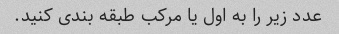
عدد زیر را به اول یا مرکب طبقه بندی کنید.